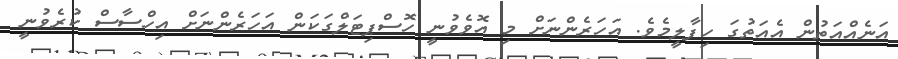
އަނެއްއަތުން އެއަތުގަ ހިފާލީމެވެ. އަހަރެންނަށް މި އޮވެވުނީ ހޮސްޕިޓަލްގަކަން އަހަރެންނަށް އިހްސާސް ކުރެވުނީ